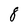
Character: 1